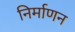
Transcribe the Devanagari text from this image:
निर्माणन